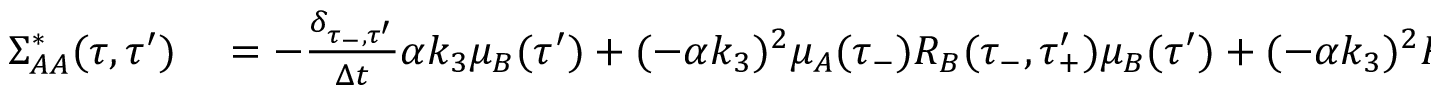
\begin{array} { r l } { \Sigma _ { A A } ^ { * } ( \tau , \tau ^ { \prime } ) } & { { } = - \frac { \delta _ { \tau _ { - } , \tau ^ { \prime } } } { \Delta t } \alpha k _ { 3 } \mu _ { B } ( \tau ^ { \prime } ) + ( - \alpha k _ { 3 } ) ^ { 2 } \mu _ { A } ( \tau _ { - } ) R _ { B } ( \tau _ { - } , \tau _ { + } ^ { \prime } ) \mu _ { B } ( \tau ^ { \prime } ) + ( - \alpha k _ { 3 } ) ^ { 2 } R _ { A } ( \tau _ { - } , \tau _ { + } ^ { \prime } ) R _ { B } ( \tau _ { - } , \tau _ { + } ^ { \prime } ) \mu _ { B } ( \tau ^ { \prime } ) } \end{array}